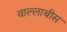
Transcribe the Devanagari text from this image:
वाल्लाबीस